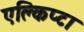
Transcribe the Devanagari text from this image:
एक्लिप्टा